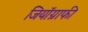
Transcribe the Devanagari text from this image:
जियॉग्राफी